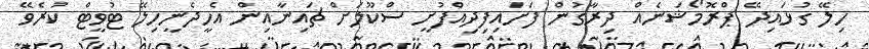
ހިލޭ ގުޅައިދޭ ޕްރޮމޯޝަނެއް ދިރާގުން ފަށައިފިދިއްފުށީ ސްކޫލަށް ޗައިނާއިން އެހީދެނީހިލޭ ޓުވީޓް ކުރެވޭ